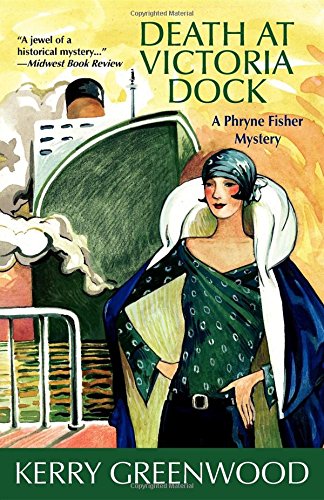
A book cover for Death at Victoria Dock: A Phryne Fisher Mystery (Phryne Fisher Mysteries); Kerry Greenwood; Mystery, Thriller & Suspense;